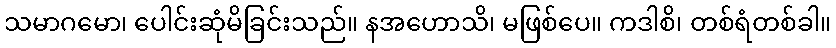
သမာဂမော၊ ပေါင်းဆုံမိခြင်းသည်။ နအဟောသိ၊ မဖြစ်ပေ။ ကဒါစိ၊ တစ်ရံတစ်ခါ။